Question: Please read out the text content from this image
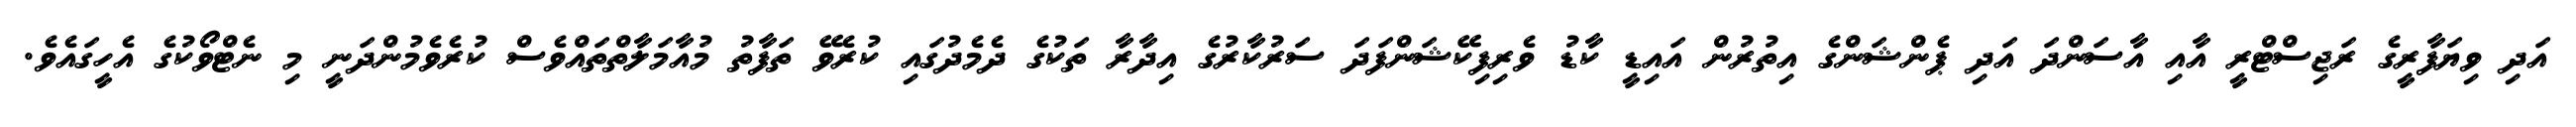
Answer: އަދި ވިޔަފާރީގެ ރަޖިސްޓްރީ އާއި އާސަންދަ އަދި ޕެންޝަންގެ އިތުރުން އައިޑީ ކާޑު ވެރިފިކޭޝަންފަދަ ސަރުކާރުގެ އިދާރާ ތަކުގެ ދެމެދުގައި ކުރެވޭ ތަފާތު މުއާމަލާތްތައްވެސް ކުރެވެމުންދަނީ މި ނެޓްވޯކުގެ އެހީގައެވެ.